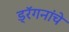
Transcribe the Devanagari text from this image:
ड्रॅगनांचे